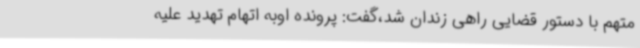
متهم با دستور قضایی راهی زندان شد،گفت: پرونده اوبه اتهام تهدید علیه